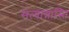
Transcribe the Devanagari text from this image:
सत्यान्नास्ति